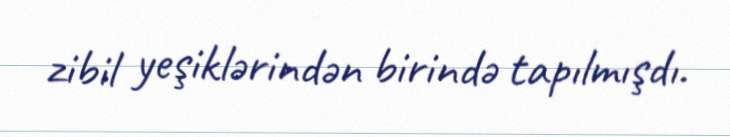
zibil yeşiklərindən birində tapılmışdı.